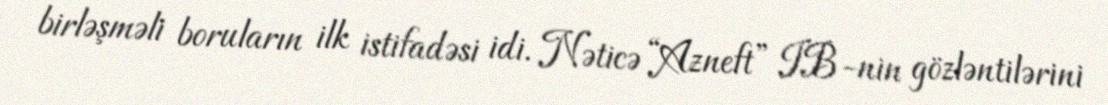
birləşməli boruların ilk istifadəsi idi. Nəticə “Azneft” IB-nin gözləntilərini